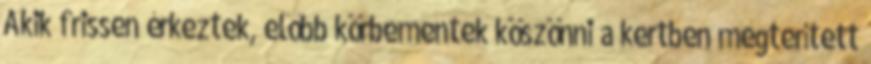
Akik frissen érkeztek, e­lőbb körbementek köszönni a kertben megterített